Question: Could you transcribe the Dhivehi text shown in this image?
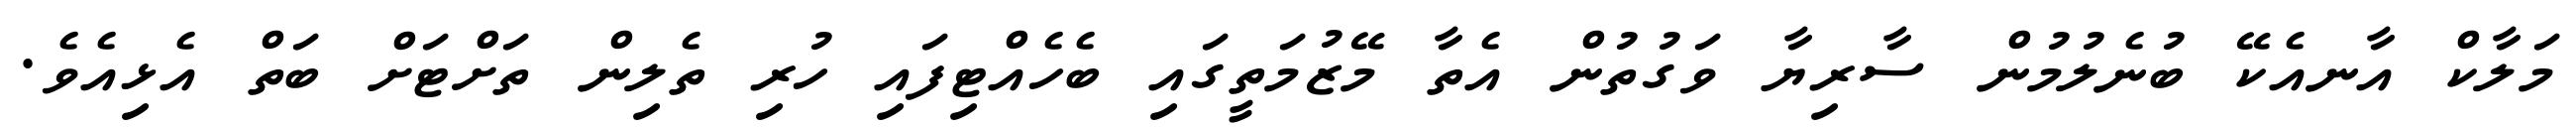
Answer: މަލާކް އާނއެކޭ ބުނެލުމުން ސާރިޔާ ވަގުތުން އެތާ މޭޒުމަތީގައި ބެހެއްޓިފައި ހުރި ތެލިން ތަށްޓަށް ބަތް އެޅިއެވެ.